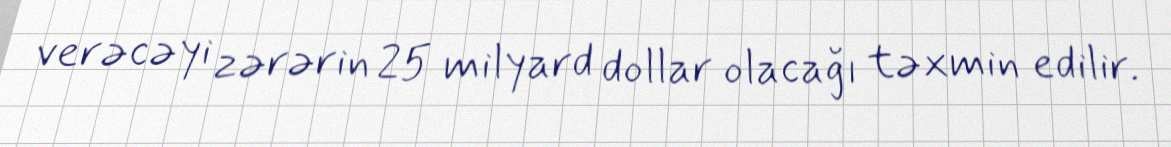
verəcəyi zərərin 25 milyard dollar olacağı təxmin edilir.